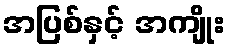
အပြစ်နှင့် အကျိုး